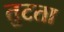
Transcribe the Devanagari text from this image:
तुटता